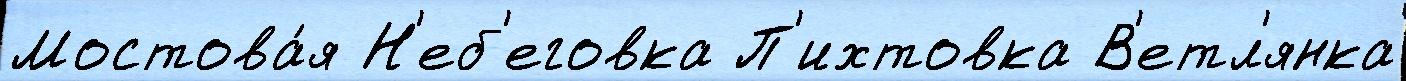
Мостова́я Н'еб'еговка П'ихтовка В'етл'янка